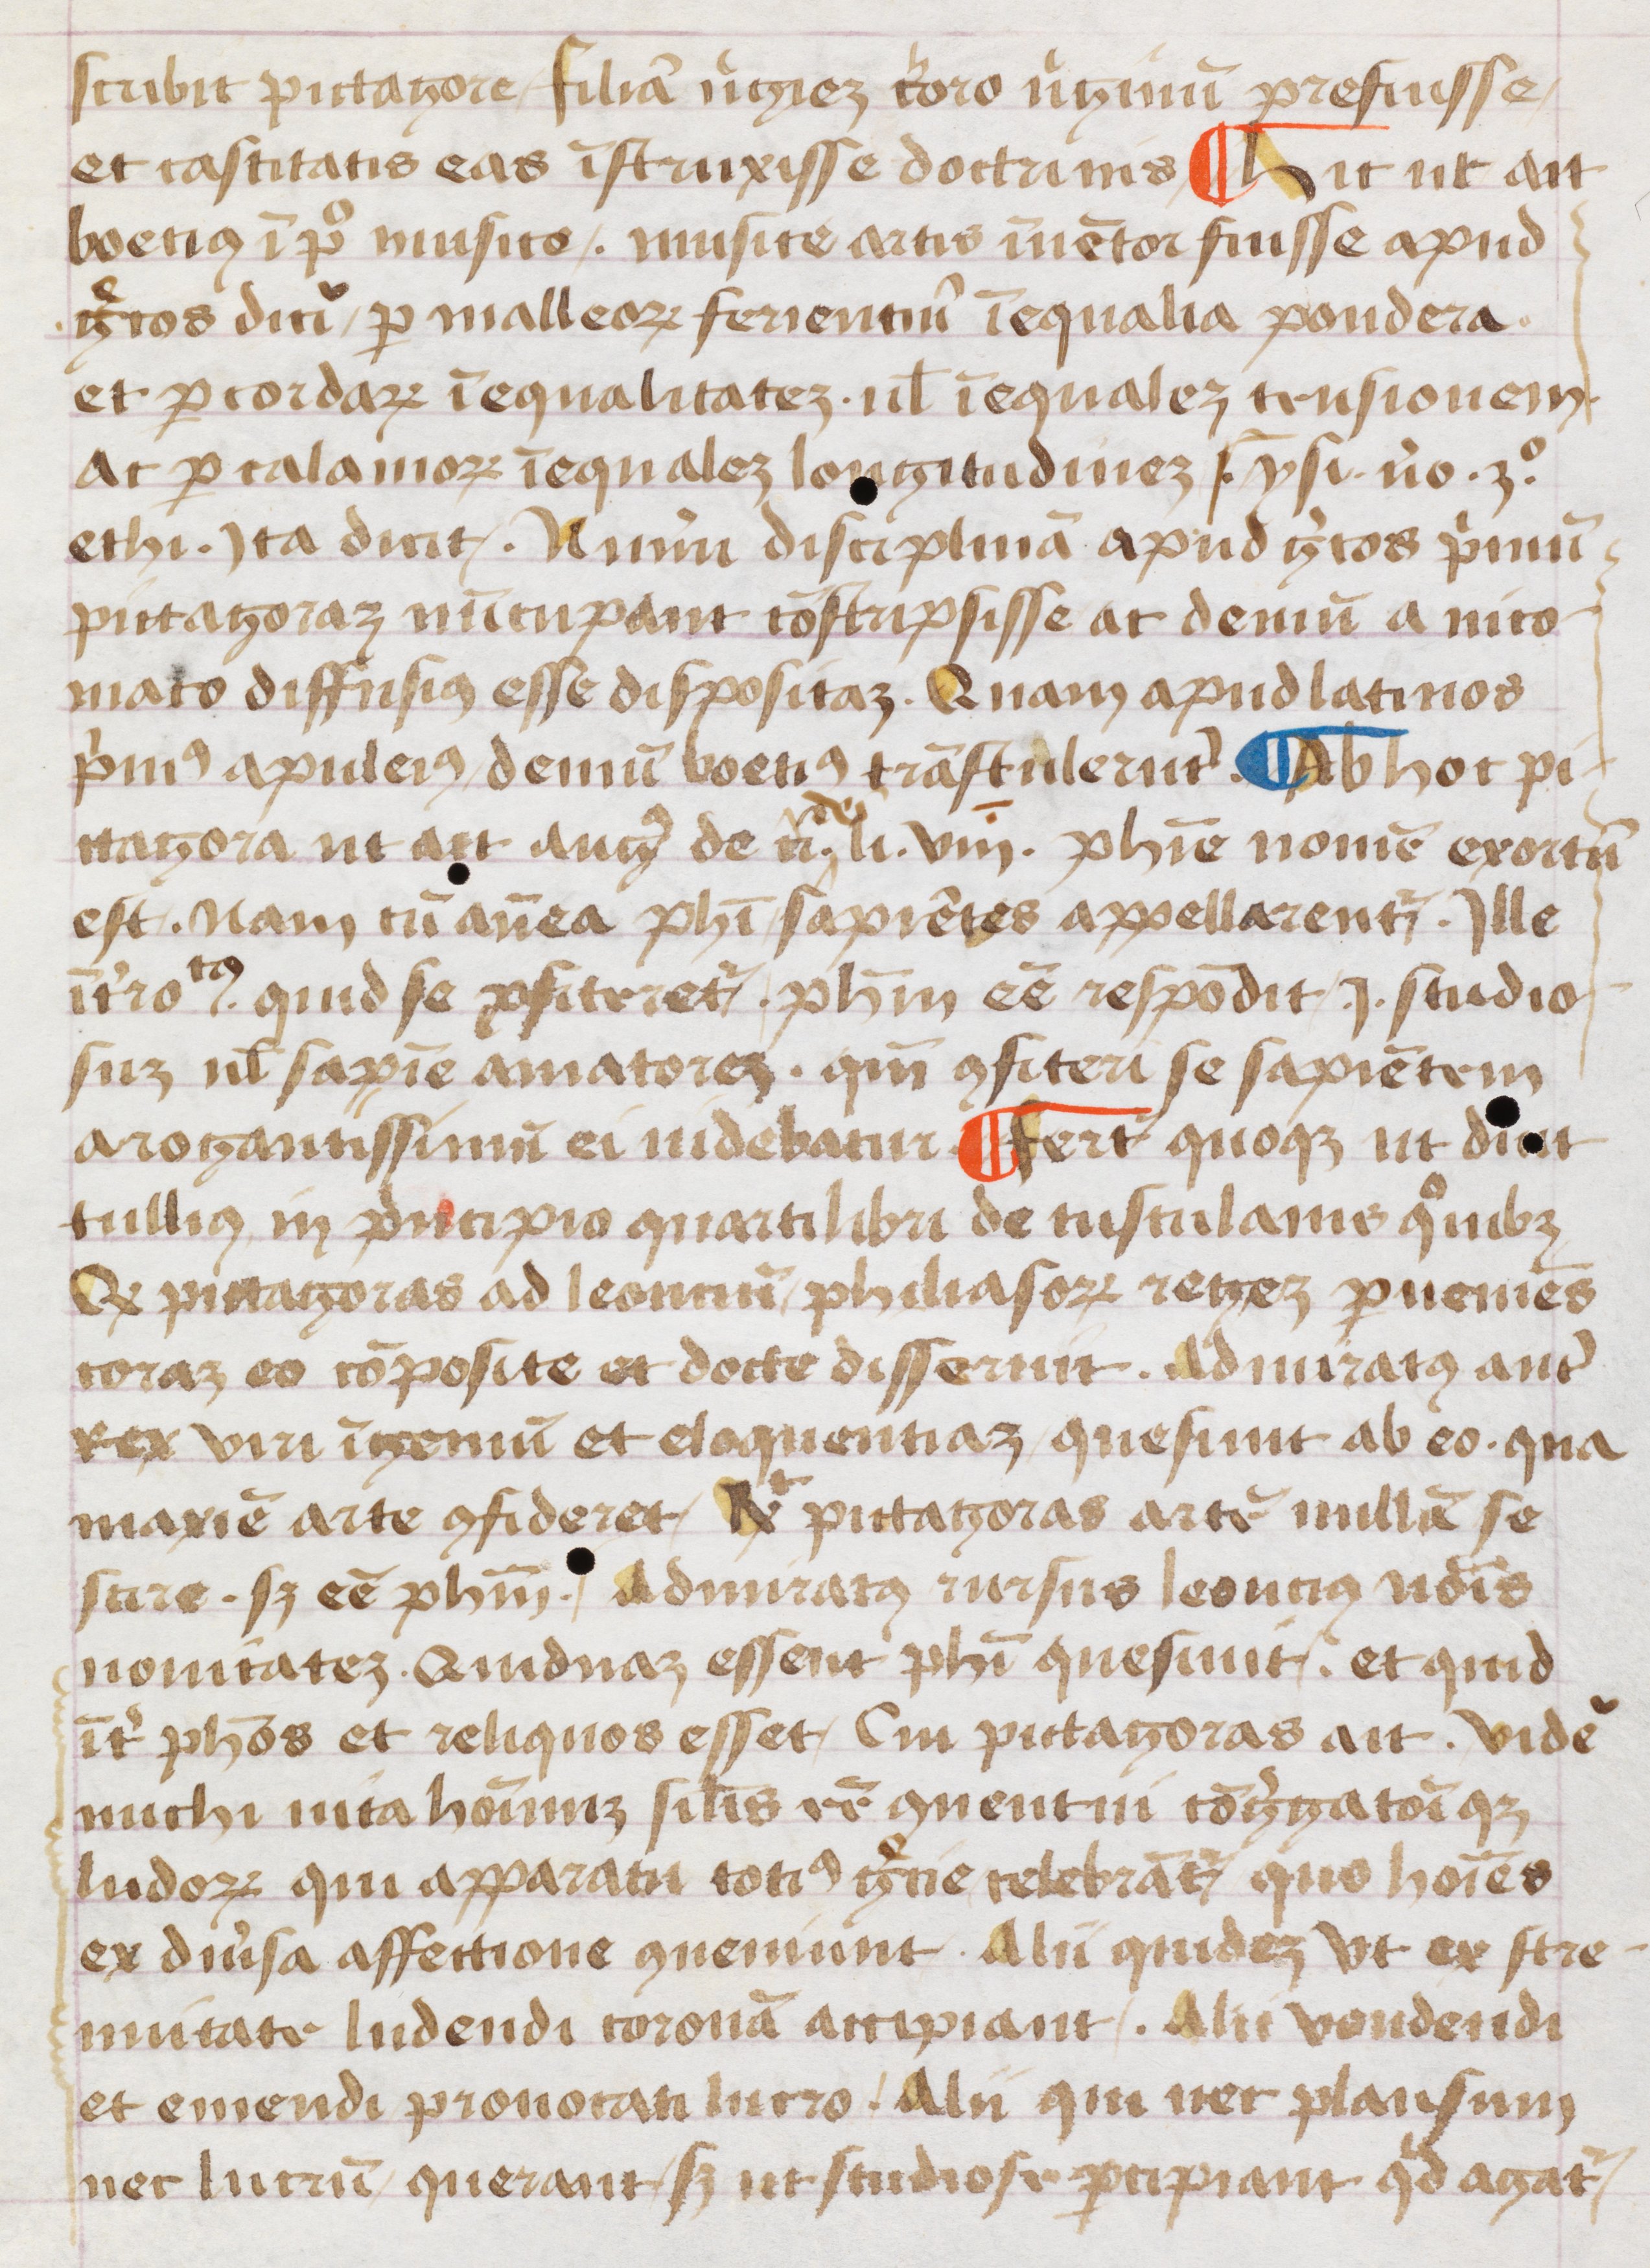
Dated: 1452–1452